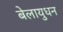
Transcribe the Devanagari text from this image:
बेलायुधन